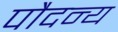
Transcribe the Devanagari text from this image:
पौदन्य